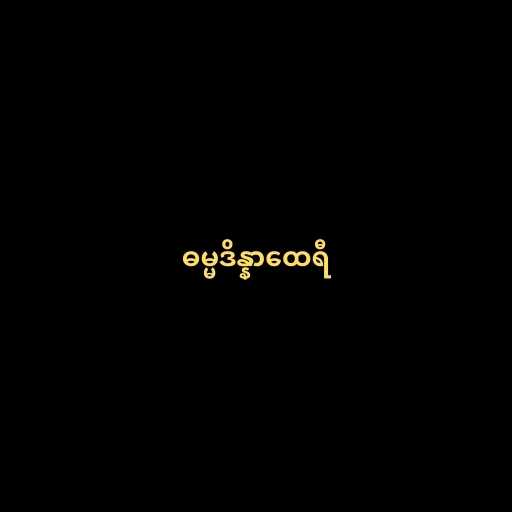
ဓမ္မဒိန္နာထေရီ